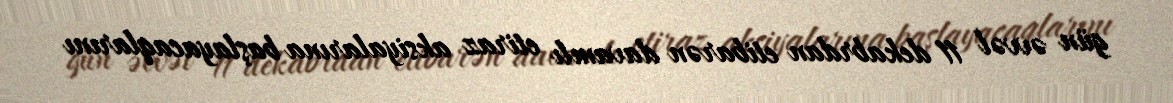
gün əvvəl 11 dekabrdan etibarən davamlı etiraz aksiyalarına başlayacaqlarını